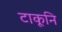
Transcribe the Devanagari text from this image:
टाकूनि